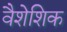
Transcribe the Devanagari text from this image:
वैशेशिक